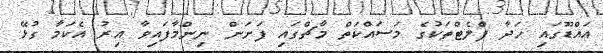
އަައްޑޫގައި ހަދާ ފްލެޓްތަކުގެ މަސައްކަތް މާޗްގައި ފަށަން ނިންމާފައިވާ އިރު އެކަމާ ގުޅޭ